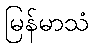
မြန်မာသံ